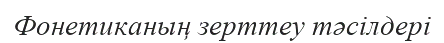
Фонетиканың зерттеу тәсілдері